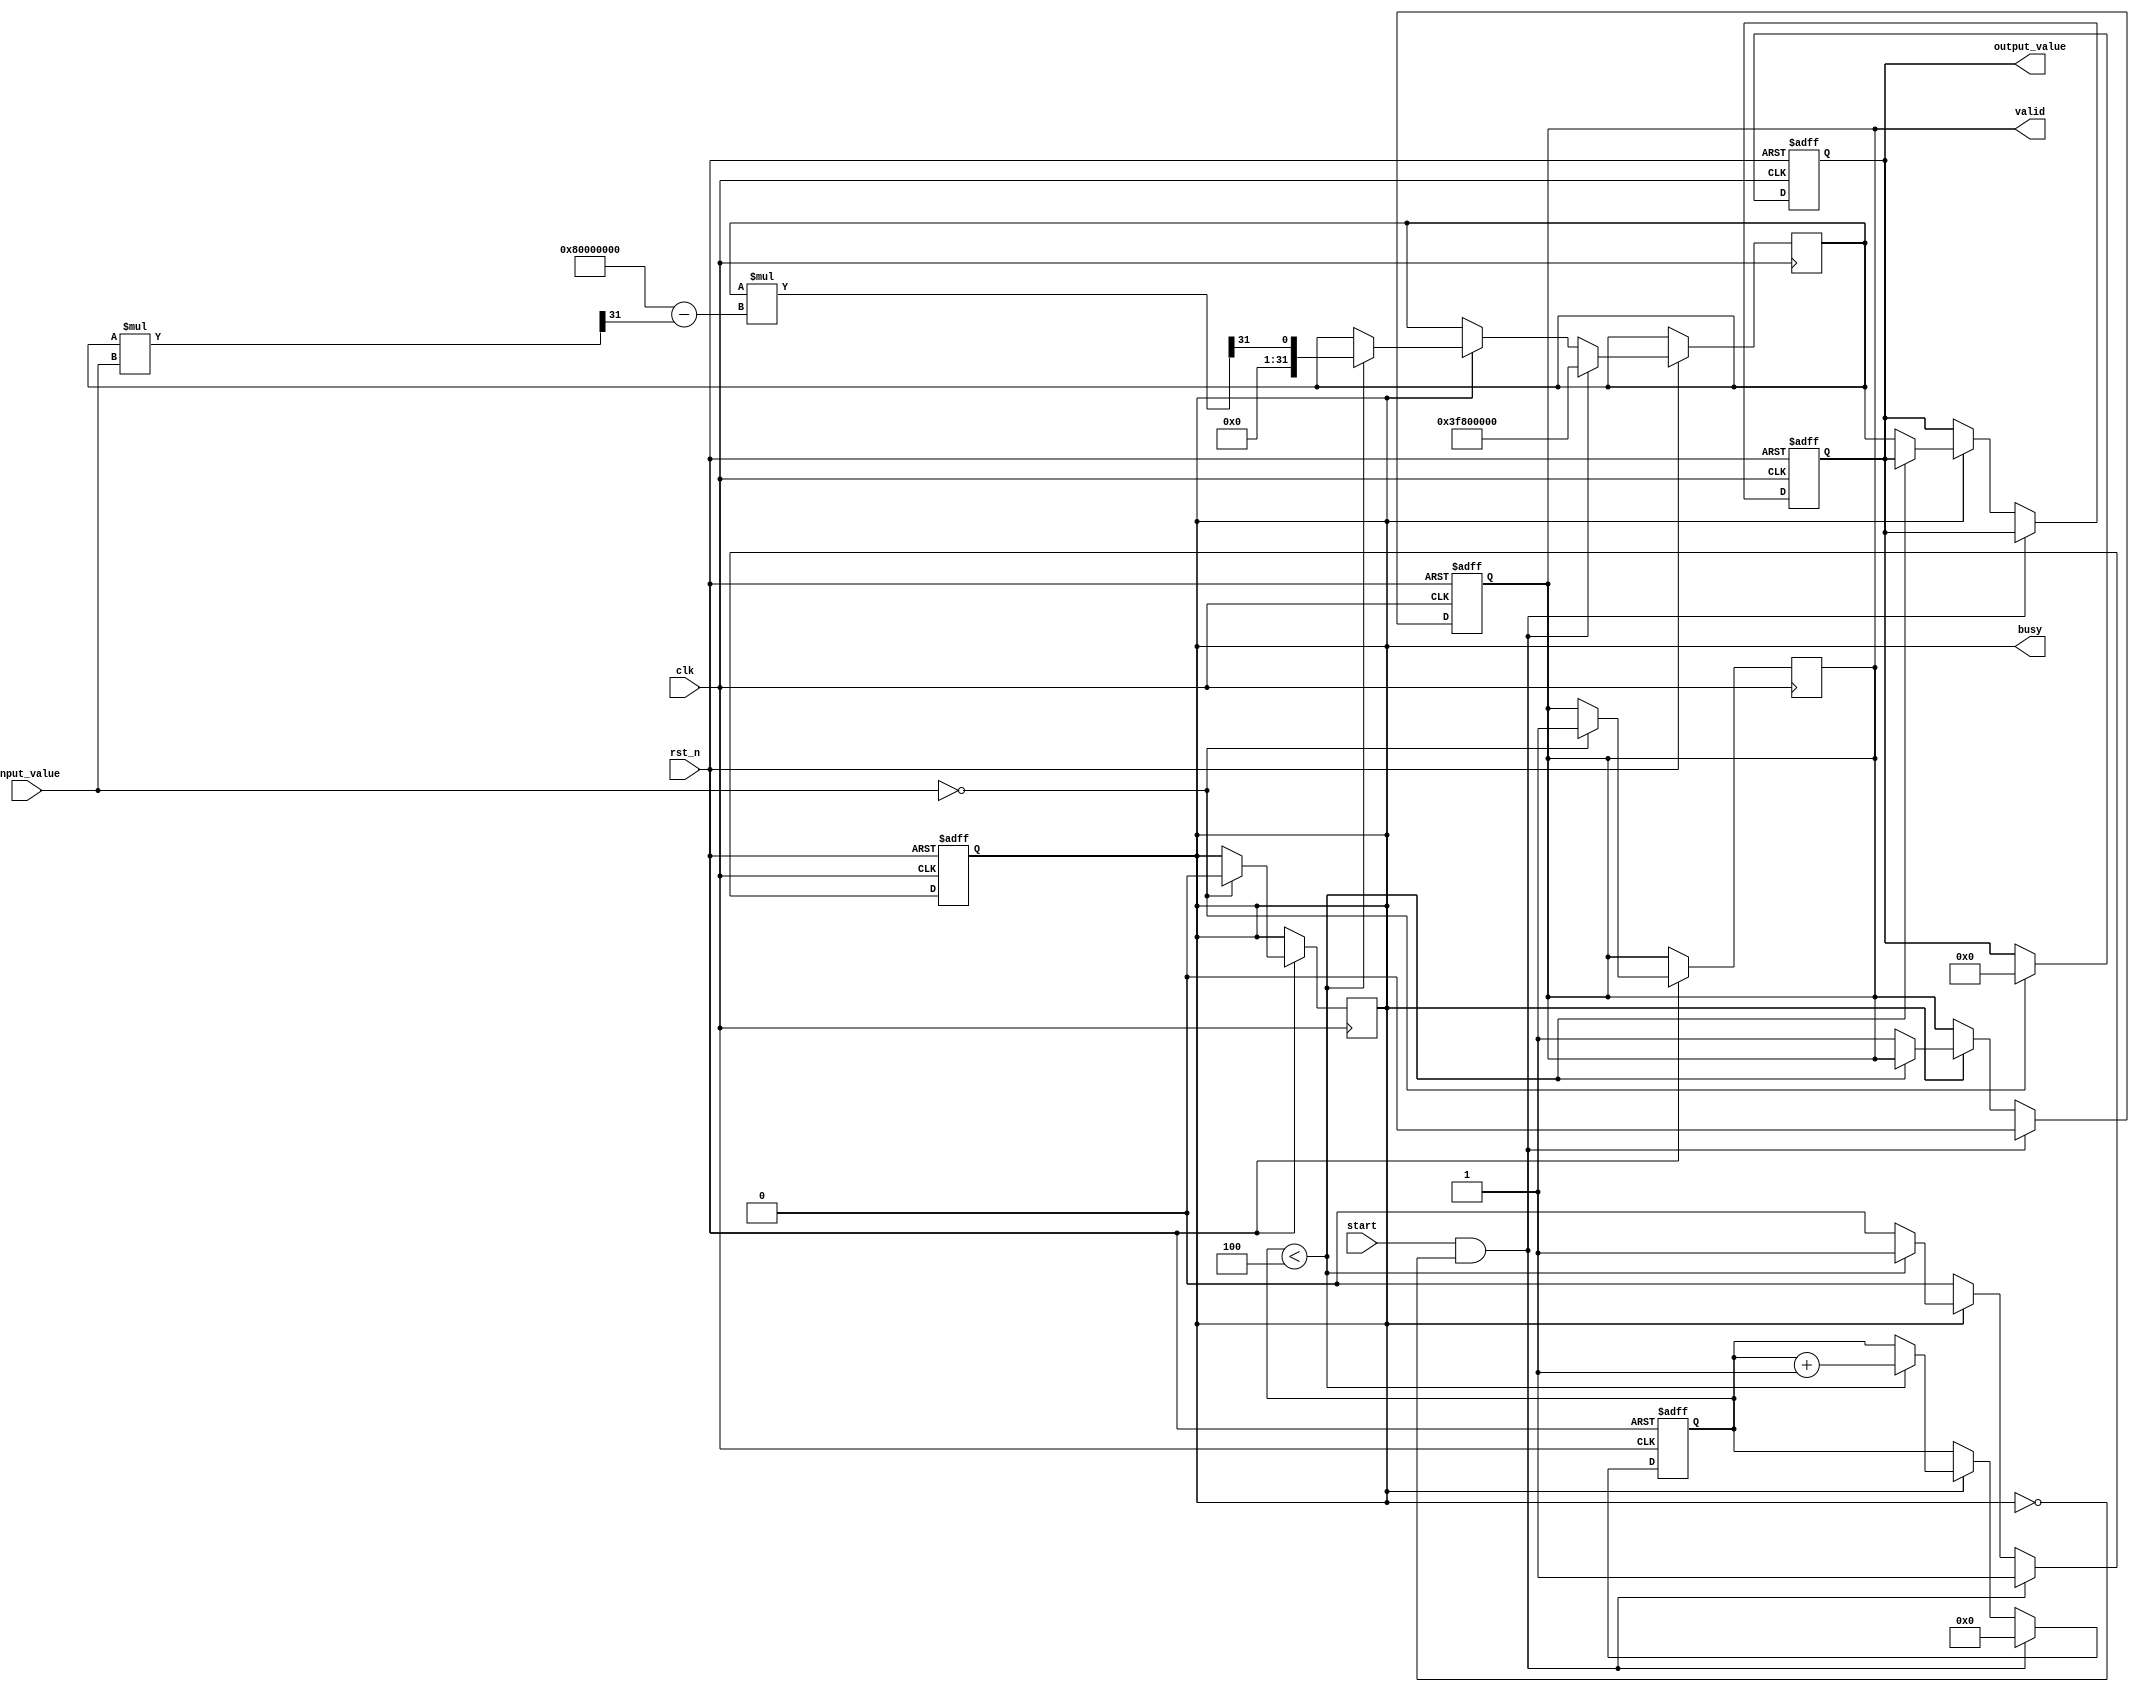
module DirectReciprocalUnit (
    input wire clk,
    input wire rst_n,
    input wire start,
    input wire [31:0] input_value, // 32-bit fixed-point input
    output reg [31:0] output_value, // 32-bit fixed-point output
    output reg valid, // Indicates output is valid
    output reg busy // Indicates the unit is busy processing
);

    reg [31:0] x; // Current approximation
    reg [3:0] iteration_count; // Iteration counter
    reg [31:0] input_value_reg; // Register for input value

    // Constants for Newton-Raphson method
    parameter MAX_ITERATIONS = 4; // Number of iterations for convergence
    parameter ONE = 32'h3F800000; // Fixed-point representation of 1.0

    always @(posedge clk or negedge rst_n) begin
        if (!rst_n) begin
            output_value <= 32'b0;
            valid <= 1'b0;
            busy <= 1'b0;
            iteration_count <= 4'b0;
        end else begin
            if (start && !busy) begin
                // Start processing
                input_value_reg <= input_value;
                x <= ONE; // Initial guess for reciprocal
                iteration_count <= 4'b0;
                busy <= 1'b1;
                valid <= 1'b0;
            end else if (busy) begin
                if (iteration_count < MAX_ITERATIONS) begin
                    // Newton-Raphson iteration: x(n+1) = x(n) * (2 - x(n) * input_value)
                    x <= x * (32'h80000000 - (x * input_value >> 31)) >> 31; // x * (2 - x * input_value)
                    iteration_count <= iteration_count + 1;
                end else begin
                    // Finished iterations
                    output_value <= x; // Output the final approximation
                    valid <= 1'b1; // Indicate output is valid
                    busy <= 1'b0; // Processing complete
                end
            end
        end
    end

    // Handle division by zero
    always @(posedge clk or negedge rst_n) begin
        if (!rst_n) begin
            output_value <= 32'b0;
        end else if (input_value == 32'b0) begin
            output_value <= 32'b0; // Output zero for division by zero
            valid <= 1'b1; // Indicate output is valid
            busy <= 1'b0; // Processing complete
        end
    end

endmodule